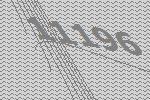
11196